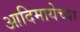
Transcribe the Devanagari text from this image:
आदिमायेच्या